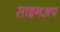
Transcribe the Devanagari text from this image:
साइनअप